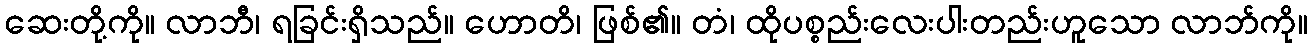
ဆေးတို့ကို။ လာဘီ၊ ရခြင်းရှိသည်။ ဟောတိ၊ ဖြစ်၏။ တံ၊ ထိုပစ္စည်းလေးပါးတည်းဟူသော လာဘ်ကို။